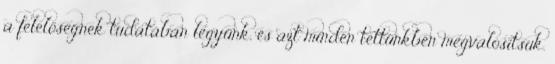
a felelőségnek tudatában legyünk, és azt minden tettünkben megvalósítsuk.